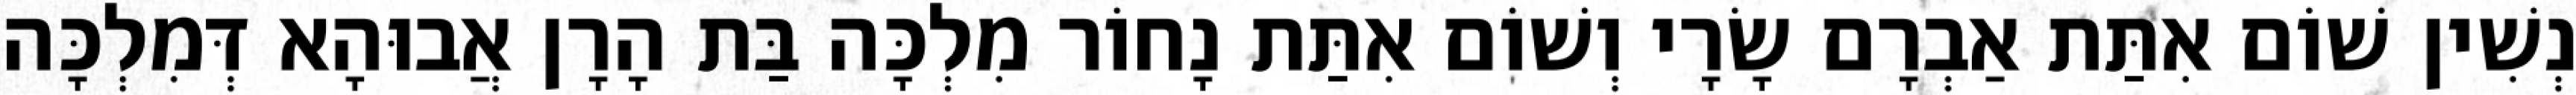
נְשִׁין שׁוֹם אִתַּת אַבְרָם שָׂרָי וְשׁוֹם אִתַּת נָחוֹר מִלְכָּה בַּת הָרָן אֲבוּהָא דְּמִלְכָּה